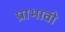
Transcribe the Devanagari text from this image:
प्राभावी